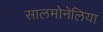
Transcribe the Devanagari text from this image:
सालमोनेलिया